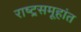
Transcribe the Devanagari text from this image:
राष्ट्रसमूहांत